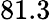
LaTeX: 81.3